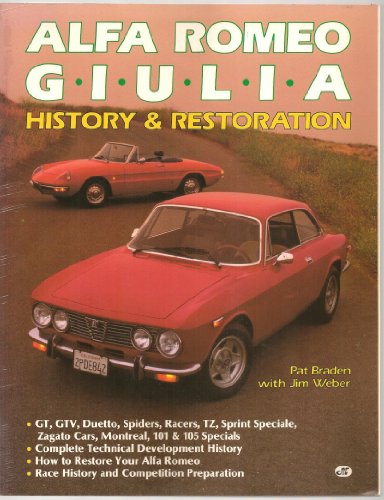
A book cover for Alfa Romeo Giulia: History and Restoration; Pat Braden; Engineering & Transportation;